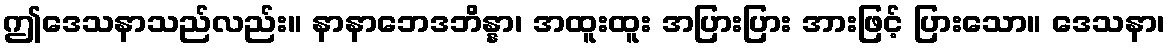
ဤဒေသနာသည်လည်း။ နာနာဘေဒဘိန္နာ၊ အထူးထူး အပြားပြား အားဖြင့် ပြားသော။ ဒေသနာ၊